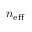
n _ { \mathrm { e f f } }